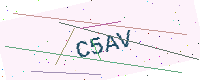
Text: C5AV